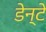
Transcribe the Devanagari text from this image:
डेन्टे